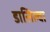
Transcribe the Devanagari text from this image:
डासिल्वा